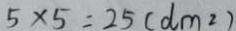
5 \times 5 = 2 5 ( d m ^ { 2 } )